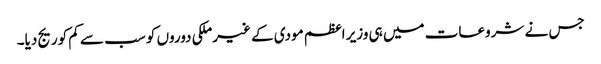
جس نے شروعات میں ہی وزیر اعظم مودی کے غیرملکی دوروں کو سب سے کم کوریج دیا۔